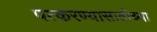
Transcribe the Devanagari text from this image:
पत्करण्यासाठीच्या